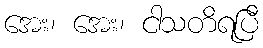
အေး၊ အေး၊ ငါသတိရပြီ